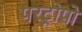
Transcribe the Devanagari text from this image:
परट्रोपो